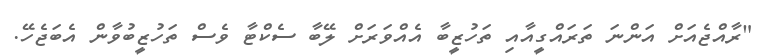
"ރާއްޖެއަށް އަންނަ ތަރައްގީއާއި ތަހުޒީބާ އެއްވަރަށް ލޭބާ ސެކްޓާ ވެސް ތަހުޒީބުވާން އެބަޖެހޭ.